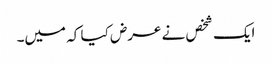
ایک شخص نے عرض کیا کہ میں۔